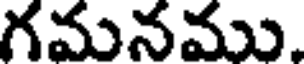
గమనము.